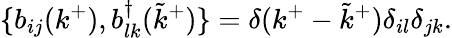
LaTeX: \{ b_{ij}(k^{+}),b_{lk}^{\dagger}({\tilde{k}}^{+})\} =\delta(k^{+}-{\tilde{k}}^{+})\delta_{il}\delta_{jk}.